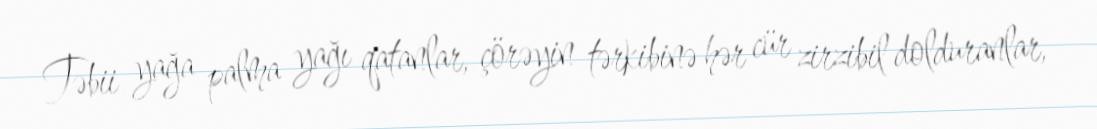
Təbii yağa palma yağı qatanlar, çörəyin tərkibinə hər cür zirzibil dolduranlar,